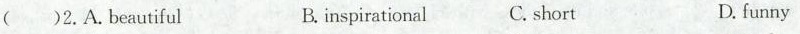
()2.A.beautiful B.inspirational C. short D. funny